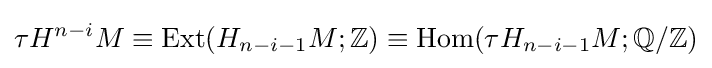
\tau H^{n-i}M\equiv \mathrm {Ext} (H_{n-i-1}M;\mathbb {Z} )\equiv \mathrm {Hom} (\tau H_{n-i-1}M;\mathbb {Q} /\mathbb {Z} )